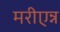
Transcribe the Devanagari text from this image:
मरीएन्न